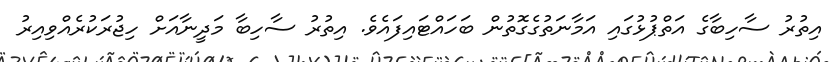
އިތުރު ސާހިބާގެ އަތްޕުޅުގައި އަމާނަތުގެގޮތުން ބަހައްޓައިފައެވެ. އިތުރު ސާހިބާ މަދީނާއަށް ހިޖުރަކުރެއްވިއިރު